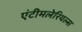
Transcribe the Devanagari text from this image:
एंटीमलेरियल्स